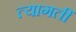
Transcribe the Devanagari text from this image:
त्यागतीं